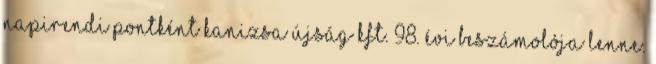
napirendi pontként Kanizsa Újság Kft. 98. évi beszámolója lenne.